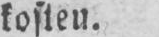
kosten.